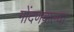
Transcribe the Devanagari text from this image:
गोंदणवाल्या